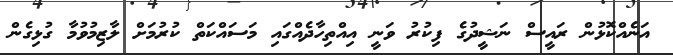
އަނެއްކޮޅުން ރައީސް ނަޝީދުގެ ފިކުރު ވަނީ އިއްތިހާދެއްގައި މަސައްކަތް ކުރުމަށް ލާޒިމުވުމާ ގުޅިގެން